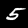
Label: 5